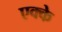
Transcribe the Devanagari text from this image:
एक्के